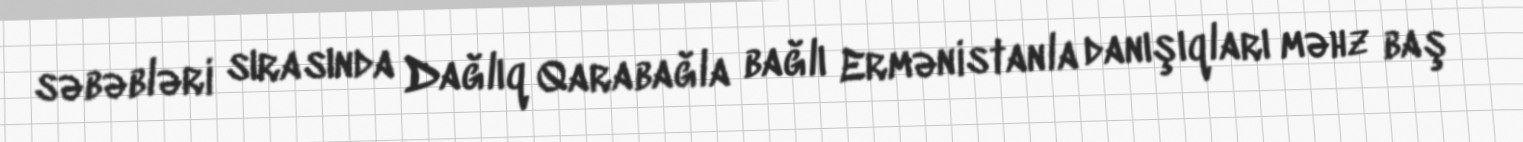
səbəbləri sırasında Dağlıq Qarabağla bağlı Ermənistanla danışıqları məhz baş